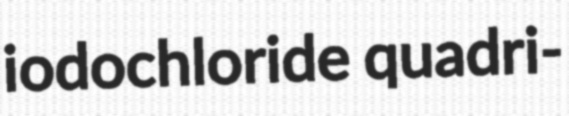
iodochloride quadri-